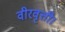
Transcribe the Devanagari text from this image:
वीरवृत्ती।